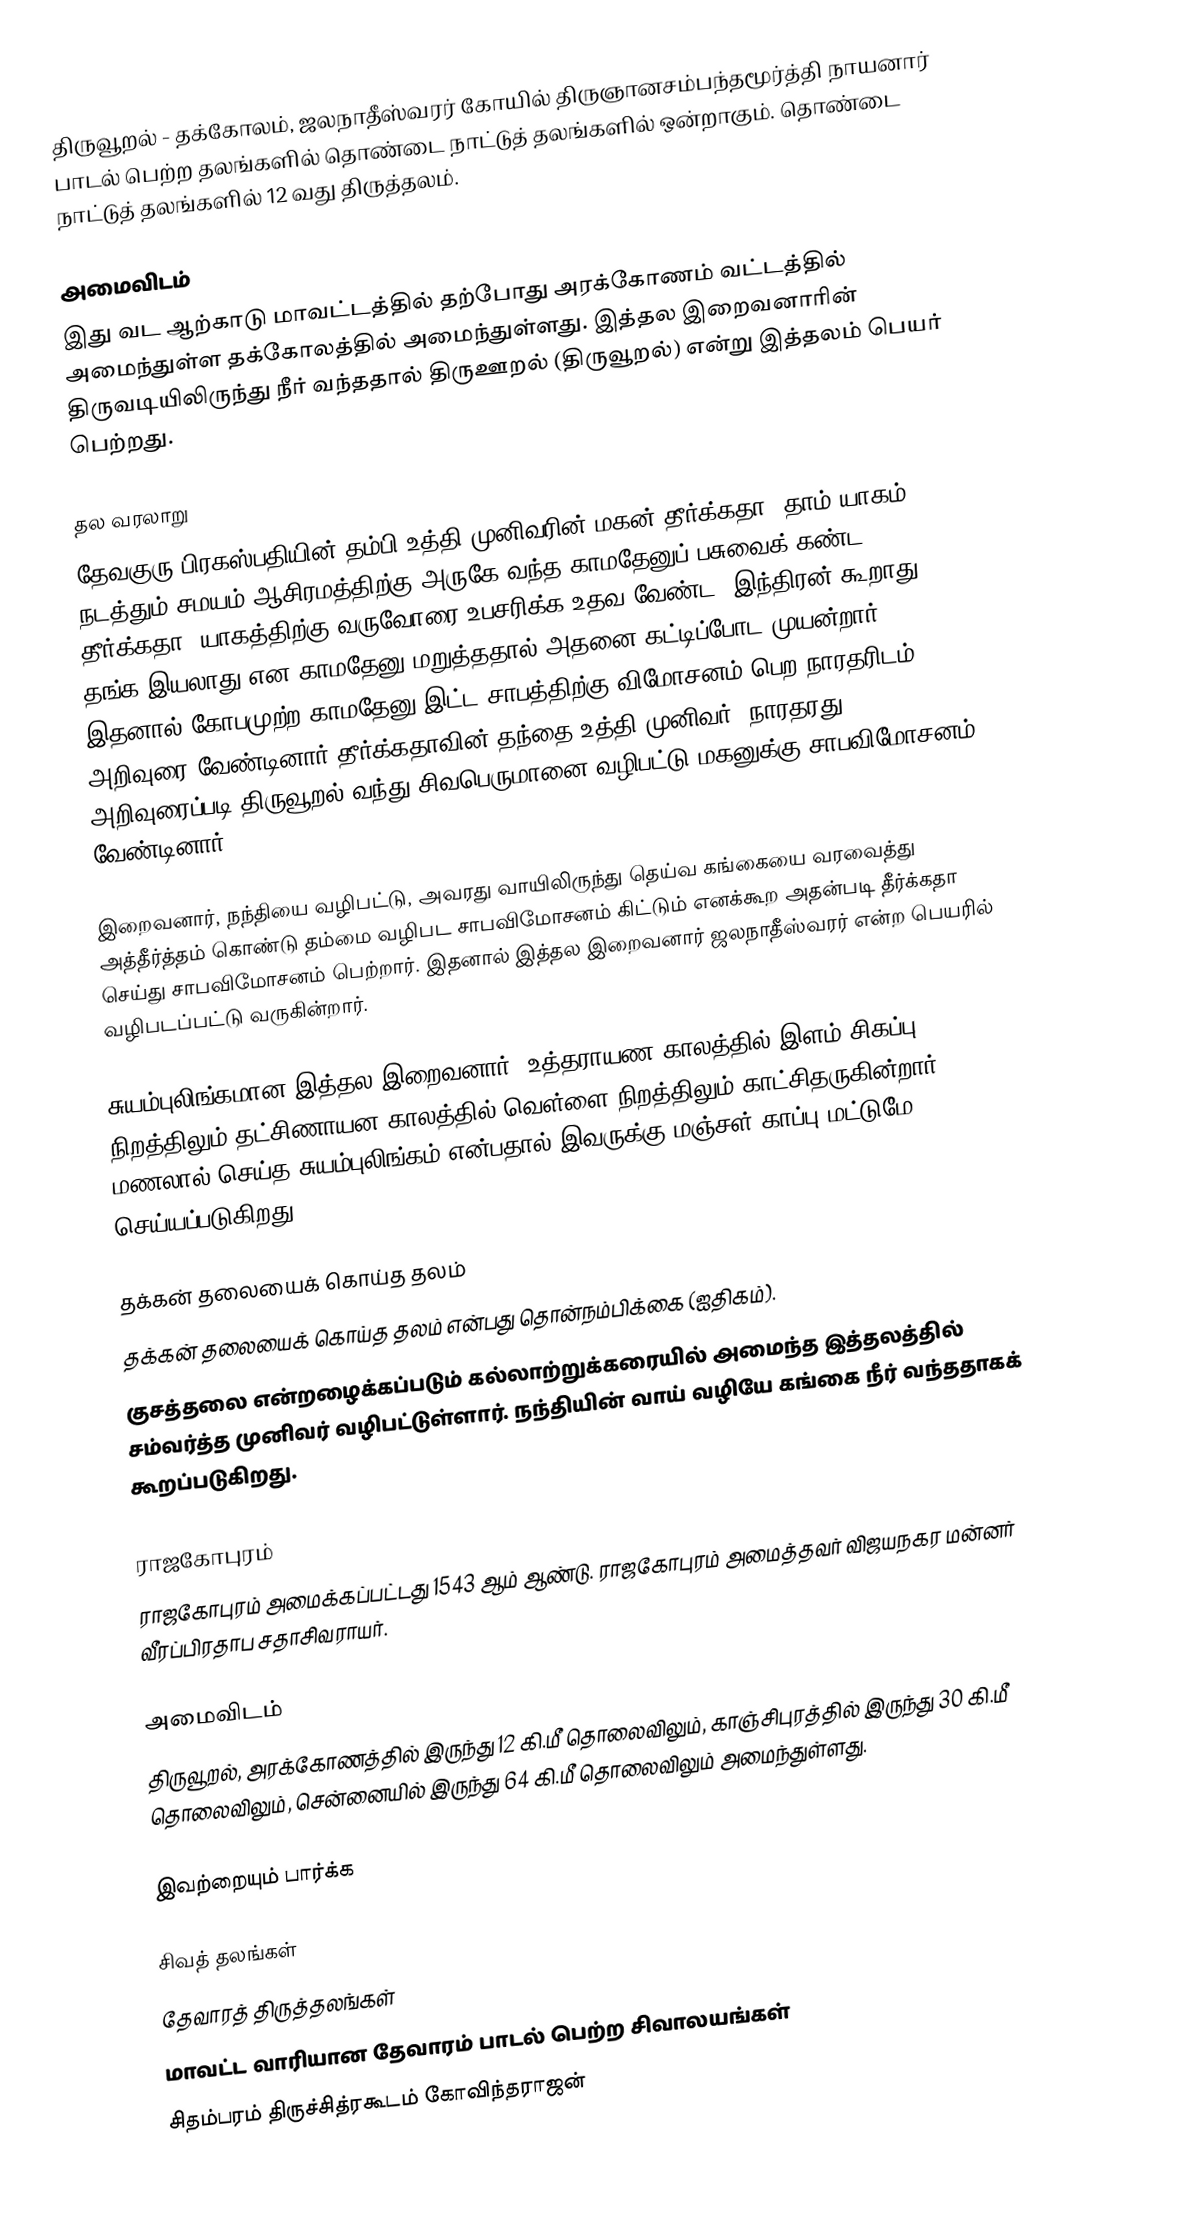
திருவூறல் - தக்கோலம், ஜலநாதீஸ்வரர் கோயில் திருஞானசம்பந்தமூர்த்தி நாயனார் பாடல் பெற்ற தலங்களில் தொண்டை நாட்டுத் தலங்களில் ஒன்றாகும். தொண்டை நாட்டுத் தலங்களில் 12 வது திருத்தலம்.

அமைவிடம்
இது வட ஆற்காடு மாவட்டத்தில் தற்போது அரக்கோணம் வட்டத்தில் அமைந்துள்ள தக்கோலத்தில் அமைந்துள்ளது. இத்தல இறைவனாரின் திருவடியிலிருந்து நீர் வந்ததால் திருஊறல் (திருவூறல்) என்று இத்தலம் பெயர் பெற்றது.

தல வரலாறு
தேவகுரு பிரகஸ்பதியின் தம்பி உத்தி முனிவரின் மகன் தீர்க்கதா. தாம் யாகம் நடத்தும் சமயம் ஆசிரமத்திற்கு அருகே வந்த காமதேனுப் பசுவைக் கண்ட தீர்க்கதா, யாகத்திற்கு வருவோரை உபசரிக்க உதவ வேண்ட, இந்திரன் கூறாது தங்க இயலாது என காமதேனு மறுத்ததால் அதனை கட்டிப்போட முயன்றார். இதனால் கோபமுற்ற காமதேனு இட்ட சாபத்திற்கு விமோசனம் பெற நாரதரிடம் அறிவுரை வேண்டினார் தீர்க்கதாவின் தந்தை உத்தி முனிவர். நாரதரது அறிவுரைப்படி திருவூறல் வந்து சிவபெருமானை வழிபட்டு மகனுக்கு சாபவிமோசனம் வேண்டினார்.

இறைவனார், நந்தியை வழிபட்டு, அவரது வாயிலிருந்து தெய்வ கங்கையை வரவைத்து அத்தீர்த்தம் கொண்டு தம்மை வழிபட சாபவிமோசனம் கிட்டும் எனக்கூற அதன்படி தீர்க்கதா செய்து சாபவிமோசனம் பெற்றார். இதனால் இத்தல இறைவனார் ஜலநாதீஸ்வரர் என்ற பெயரில் வழிபடப்பட்டு வருகின்றார்.

சுயம்புலிங்கமான இத்தல இறைவனார், உத்தராயண காலத்தில் இளம் சிகப்பு நிறத்திலும் தட்சிணாயன காலத்தில் வெள்ளை நிறத்திலும் காட்சிதருகின்றார். மணலால் செய்த சுயம்புலிங்கம் என்பதால் இவருக்கு மஞ்சள் காப்பு மட்டுமே செய்யப்படுகிறது.

தக்கன் தலையைக் கொய்த தலம்
தக்கன் தலையைக் கொய்த தலம் என்பது தொன்நம்பிக்கை (ஐதிகம்).
குசத்தலை என்றழைக்கப்படும் கல்லாற்றுக்கரையில் அமைந்த இத்தலத்தில் சம்வர்த்த முனிவர் வழிபட்டுள்ளார். நந்தியின் வாய் வழியே கங்கை நீர் வந்ததாகக் கூறப்படுகிறது.

ராஜகோபுரம்
ராஜகோபுரம் அமைக்கப்பட்டது 1543 ஆம் ஆண்டு. ராஜகோபுரம் அமைத்தவர் விஜயநகர மன்னர் வீரப்பிரதாப சதாசிவராயர்.

அமைவிடம்
திருவூறல், அரக்கோணத்தில் இருந்து 12 கி.மீ தொலைவிலும், காஞ்சிபுரத்தில் இருந்து 30 கி.மீ தொலைவிலும், சென்னையில் இருந்து 64 கி.மீ தொலைவிலும் அமைந்துள்ளது.

இவற்றையும் பார்க்க

 சிவத் தலங்கள்
 தேவாரத் திருத்தலங்கள்
 மாவட்ட வாரியான தேவாரம் பாடல் பெற்ற சிவாலயங்கள்
 சிதம்பரம் திருச்சித்ரகூடம் கோவிந்தராஜன்